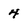
Character: 4